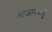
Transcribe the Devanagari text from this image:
आजानबाहु